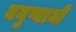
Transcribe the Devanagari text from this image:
मनुष्यानी